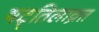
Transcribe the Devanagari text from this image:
षट्तिलाव्रत